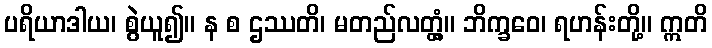
ပရိယာဒါယ၊ စွဲယူ၍။ န စ ဌဿတိ၊ မတည်လတ္တံ့။ ဘိက္ခဝေ၊ ရဟန်းတို့။ ဣတိ